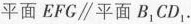
平面EFC∥平面B_{1}CD_{1}。